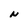
Character: N